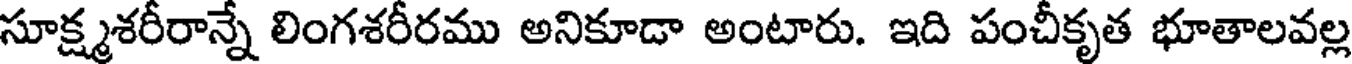
సూక్ష్మశరీరాన్నే లింగశరీరము అనికూడా అంటారు. ఇది పంచీకృత భూతాలవల్ల